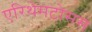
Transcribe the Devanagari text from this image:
एरिथेमटोसस